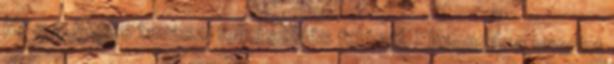
jár a 4 hetes tavaszi felkészülés felénél. Elmondása szerint